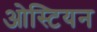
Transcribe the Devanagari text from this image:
ओस्टियन